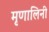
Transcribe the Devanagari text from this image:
मृृणालिनी